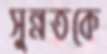
সুন্নতকে